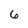
Character: 6